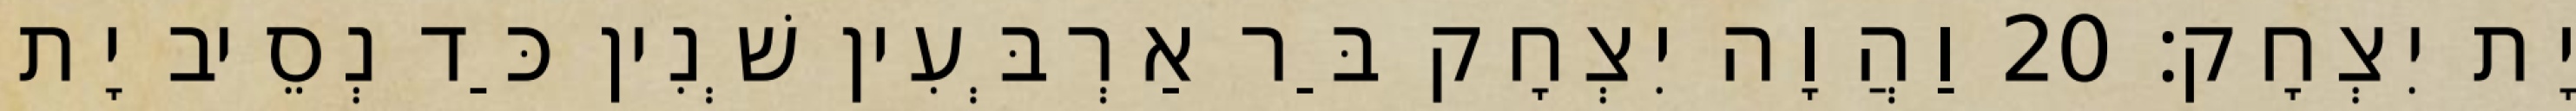
יָת יִצְחָק׃ 20 וַהֲוָה יִצְחָק בַּר אַרְבְּעִין שְׁנִין כַּד נְסֵיב יָת